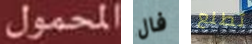
المحمول فال تطلع